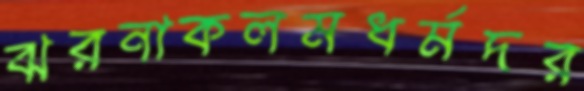
ঝরনাকলমধর্মদর